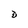
Character: D